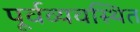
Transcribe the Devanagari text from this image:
पूर्वव्यवस्थित